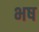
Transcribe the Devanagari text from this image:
भष